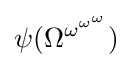
\psi (\Omega ^{\omega ^{\omega ^{\omega }}})